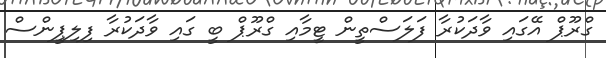
ގްރޫޕް އޭގައި ވާދަކުރާ ފަލަސްތީން ޓީމާއި ގްރޫޕް ބީ ގައި ވާދަކުރާ ފިލިޕީންސް